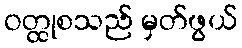
ဝတ္ထုစသည် မှတ်ဖွယ်